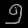
Digit: ၅